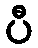
ပီ